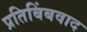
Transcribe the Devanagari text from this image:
प्रतिबिंबवाद